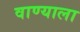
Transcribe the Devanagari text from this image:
वाण्याला